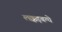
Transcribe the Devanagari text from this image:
लक्कड़बग्घे